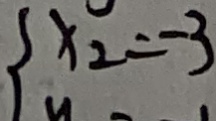
x _ { 2 } = - 3